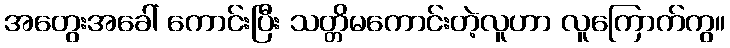
အတွေးအခေါ် ကောင်းပြီး သတ္တိမကောင်းတဲ့လူဟာ လူကြောက်ကွ။